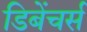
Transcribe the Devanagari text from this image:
डिबेंचर्स